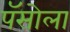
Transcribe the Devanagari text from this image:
पॅसोला